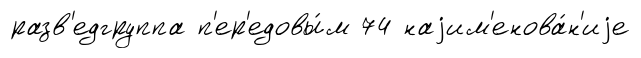
разв'едгруппа п'ер'едовы́м 74 наjим'енова́н'иjе